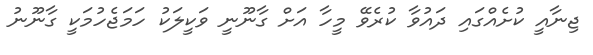
ޖިނާއީ ކުށެއްގައި ދައުވާ ކުރެވޭ މީހާ އަށް ގާނޫނީ ވަކީލަކު ހަމަޖެހުމަކީ ގާނޫނު